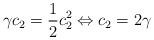
LaTeX: \begin{align*} \gamma c_2 = \frac{1}{2} c_2^2 \Leftrightarrow c_2 = 2 \gamma\end{align*}